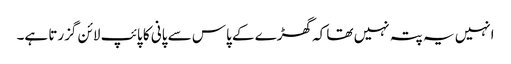
انہیں یہ پتہ نہیں تھا کہ گھڑے کے پاس سے پانی کا پائپ لائن گزرتا ہے۔